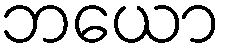
ဘယော